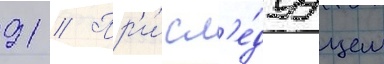
91 // Пр'и́ сл'е́дуущем